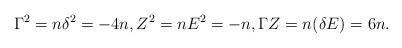
LaTeX: \begin{align*} \Gamma^2= n \delta^2 = - 4 n, Z^2 = n E^2 = -n, \Gamma Z = n (\delta E) = 6n. \end{align*}